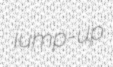
jump-up